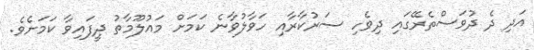
އަދި ދެ ދުވަސްތެރޭގައި ދިވެހި ސަރުކާރާއި ހަވާލުވާނެ ކަމަށް މައުލޫމާތު ދީފައިވާ ކަމަށެވެ.